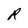
Character: R